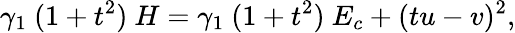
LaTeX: \gamma_{1}~(1+t^{2})~H=\gamma_{1}~(1+t^{2})~E_{c}+(tu-v)^{2},